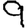
Digit: 9